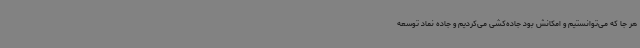
هر جا که می‌توانستیم و امکانش بود جاده‌کشی می‌کردیم و جاده نماد توسعه